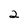
Character: 2